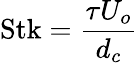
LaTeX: \mathrm{Stk}={\frac{\tau U_{o}}{d_{c}}}